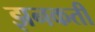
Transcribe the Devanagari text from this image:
झनकती